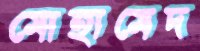
মোহামেদ